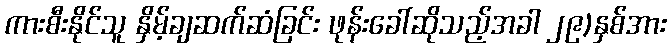
ကားစီးနိုင်သူ နှိမ့်ချဆက်ဆံခြင်း ဖုန်းခေါ်ဆိုသည့်အခါ ၂၉)နှစ်အား